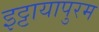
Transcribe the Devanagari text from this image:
इट्टायापुरम